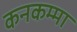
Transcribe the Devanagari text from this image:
कनकम्मा